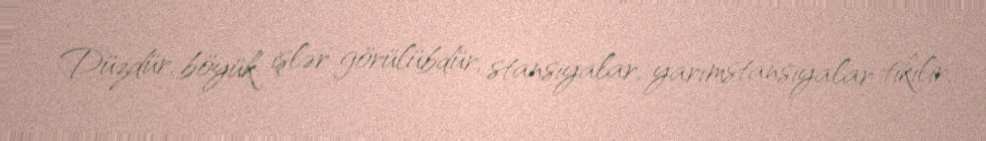
Düzdür, böyük işlər görülübdür, stansiyalar, yarımstansiyalar tikilir,